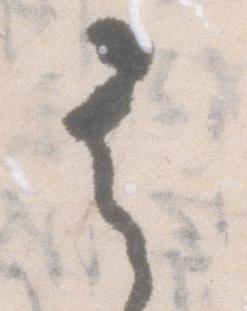
其